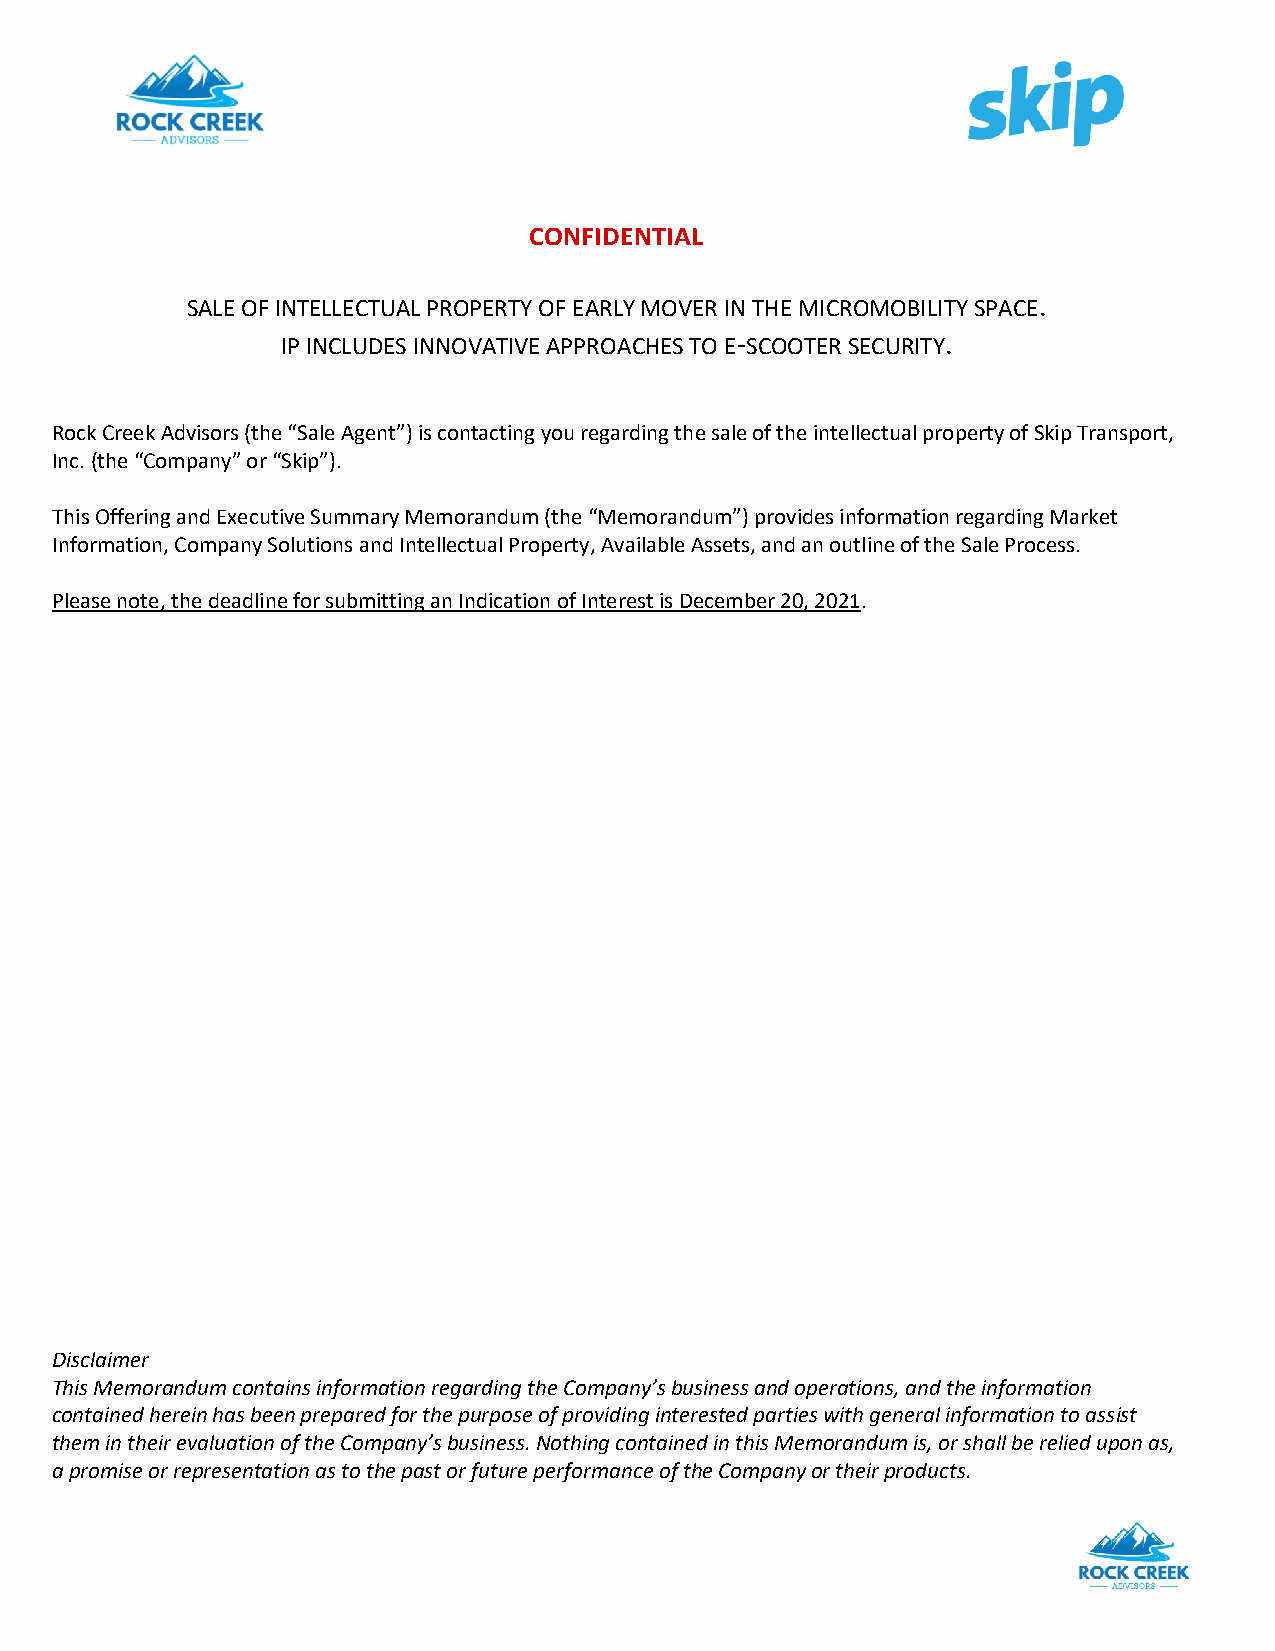
CONFIDENTIAL
 SALE OF INTELLECTUAL PROPERTY OF EARLY MOVER IN THE MICROMOBILITY SPACE.
 IP INCLUDES INNOVATIVE APPROACHES TO E-SCOOTER SECURITY.
 Rock Creek Advisors (the “Sale Agent”) is contacting you regarding the sale of the intellectual property of Skip Transport,
 Inc. (the “Company” or “Skip”).
 This Offering and Executive Summary Memorandum (the “Memorandum”) provides information regarding Market
 Information, Company Solutions and Intellectual Property, Available Assets, and an outline of the Sale Process.
 Please note, the deadline for submitting an Indication of Interest is December 20, 2021.
 Disclaimer
 This Memorandum contains information regarding the Company’s business and operations, and the information
 contained herein has been prepared for the purpose of providing interested parties with general information to assist
 them in their evaluation of the Company’s business. Nothing contained in this Memorandum is, or shall be relied upon as,
 a promise or representation as to the past or future performance of the Company or their products.